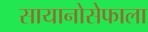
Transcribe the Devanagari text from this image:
सायानोसेफाला